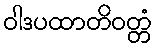
ဝါဒပထာတိဝတ္တံ